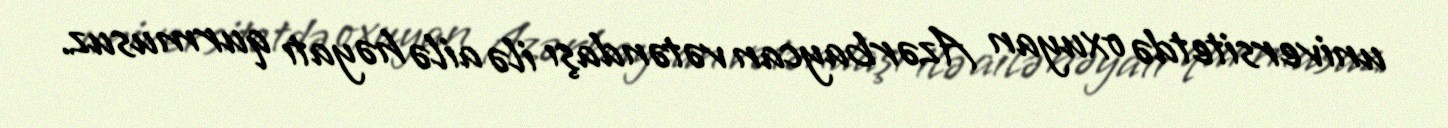
universitetdə oxuyan Azərbaycan vətəndaşı ilə ailə həyatı qurmusuz.